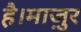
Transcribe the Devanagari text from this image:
है।माज़ुर